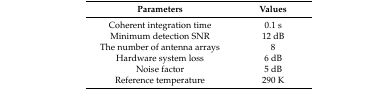
| Parameters | Values |
 | --- | --- |
 | Coherent integration time | 0.1 s |
 | Minimum detection SNR | 12 dB |
 | The number of antenna arrays | 8 |
 | Hardware system loss | 6 dB |
 | Noise factor | 5 dB |
 | Reference temperature | 290 K |